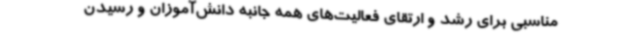
مناسبی برای رشد و ارتقای فعالیت‌های همه جانبه دانش‌آموزان و رسیدن